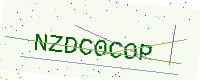
Text: NZDC0COP